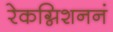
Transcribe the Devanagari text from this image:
रेकग्निशननं